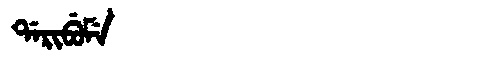
Manchu: ᡩᠠᡵᡳᠪᡠᠮᡝ
Romanization: DARIBUME